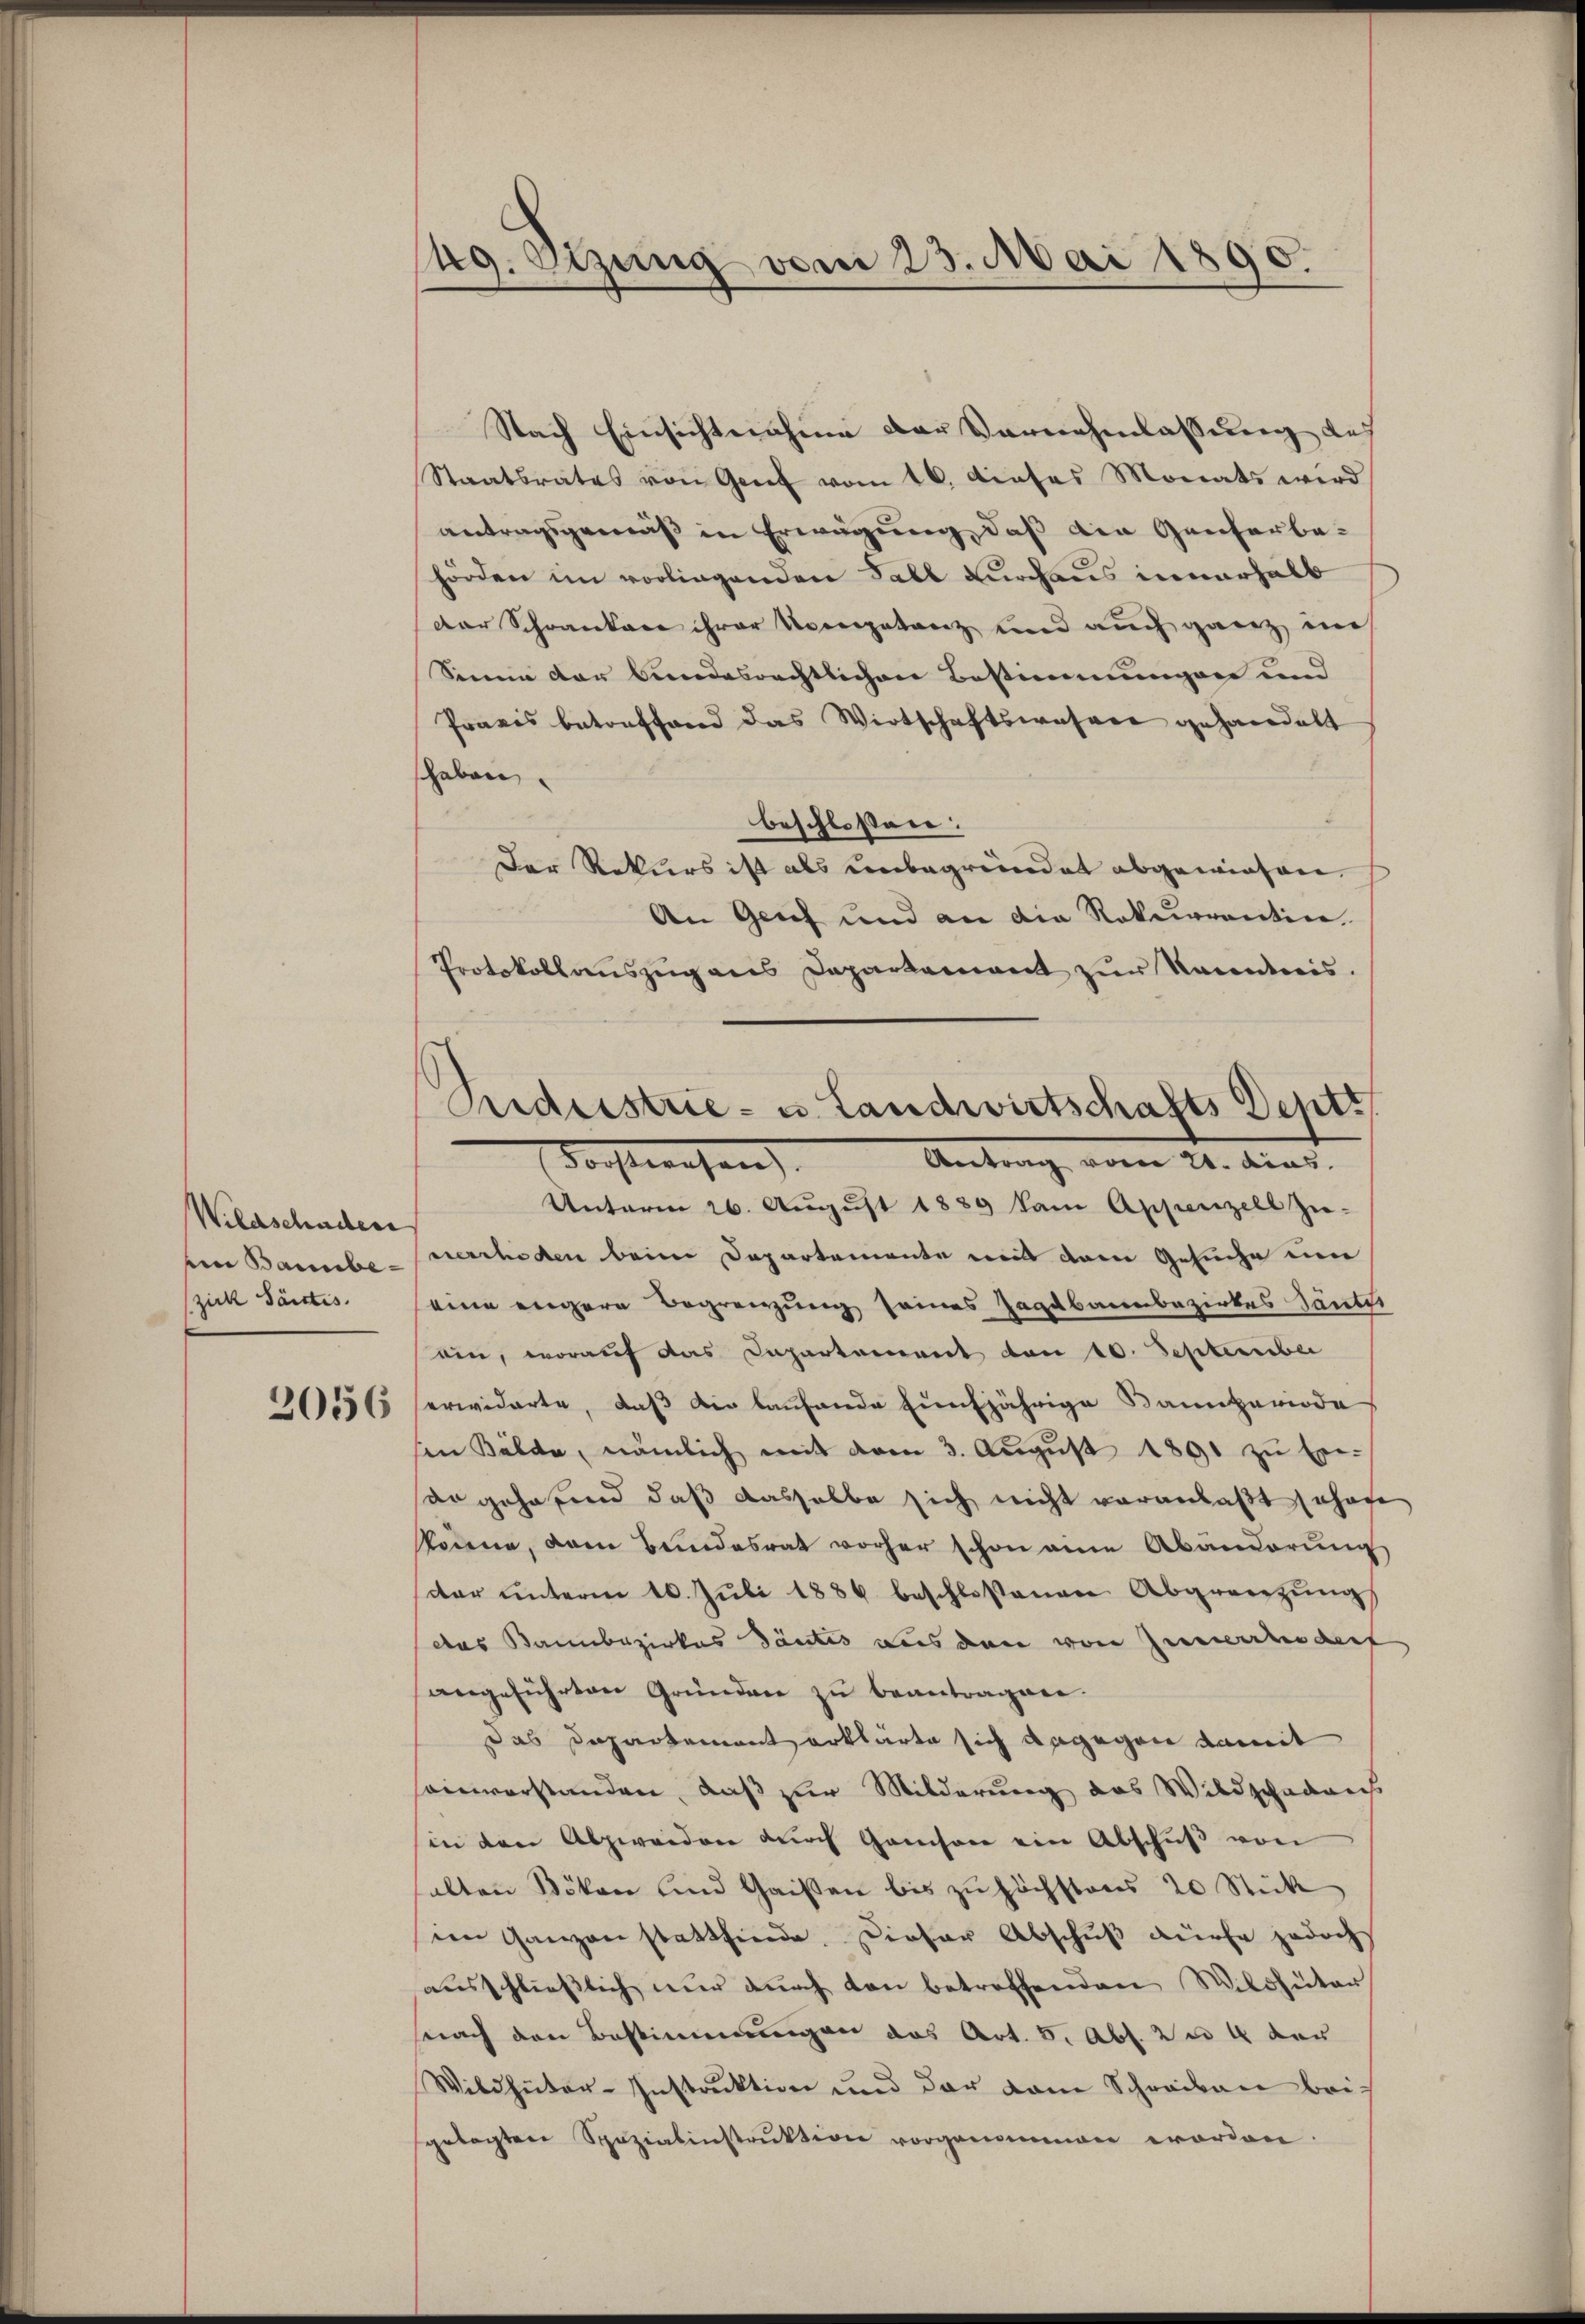
Wildschaden
en Baube-
zick Säntis.

2056

Zug. Sitzung von 23. Mai 1890.

Nach Einsichtnahme der Vornehmlassung des
Staatsrates von Genf vom 16. Dieses Monats wird
antragsgemäß in Erwägung, daß die Ganterbahörden im vorliegenden Fall durchaus innerhalb
der Schranker ihrer Noccegetanz und auch ganz im
Sinne der bundesrechtlichen Bestimmungen und
Pravis betreffend das Wirtschaftswahren gehandelt
haben.
beschlossen:
Der Rekurs ist als unbegründet abgewiesen.
An Grief und an die Rekurrentin.
Protokollauszug aus Departement zŭr Randnis.
Unterm 26. August 1889 kam Appenzell zu-
verrhoden beim Departemente mit dem Gesuche eine
eine engere Begrenzung seines Zagebannbezirkes Santes
ein, worauf das Departement von 10. September
erwiderte, daß die laufende fünfjährige Bannperiode
in Bälde, nämlich mit dem 3. August 1891 zu Er-
dr gehafend daß dasselbe sich nicht veranlaßt sehen
könne, dem Bundesrat vorher schon eine Abänderung
dar unterm 10. Juli 1884 beschlossenen Abgrenzung
das Bambezirkes Säntis aus den von Zumeindert
angeführten Gründen zu beantragen.
Das Departement erklärte sich dagegen damit
sainverstanden, daß zur Milderung des Wildschadens
in den Abzweiden dŭrch Gamson ein Abschŭβ von
alten Bökon und Gaisen bis zu höchstens 20 Stück
im Ganzen stattfinde. Dieser Abschuß dürfe jedoch
ausschließlich nur durch den betreffenden Wildhüter
nach den Bestimmungen das Art. 5. Abs. 2 u. 4 der
Wildhüter-Instruktion und der vom Schreiben beigelegten Spezialinstruktion vorgenommen worden

Sederstrie- u. Landwirtschafts Deptt
Antrag vom 21. Aug.
dachtwesen. |